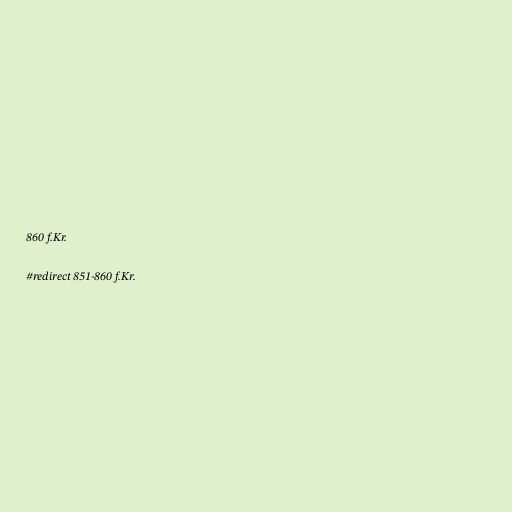
860 f.Kr.

#redirect 851-860 f.Kr.